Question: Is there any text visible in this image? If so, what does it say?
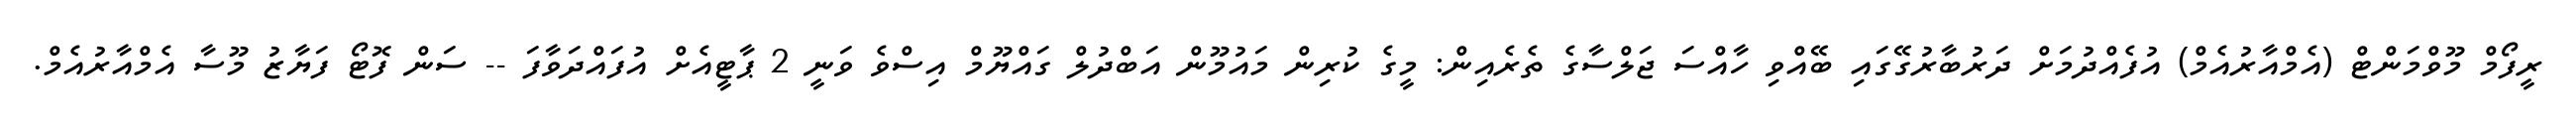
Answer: ރީފޯމް މޫވްމަންޓް (އެމްއާރުއެމް) އުފެއްދުމަށް ދަރުބާރުގޭގައި ބޭއްވި ހާއްސަ ޖަލްސާގެ ތެރެއިން: މީގެ ކުރިން މައުމޫން އަބްދުލް ގައްޔޫމް އިސްވެ ވަނީ 2 ޕާޓީއެށް އުފައްދަވާފަ -- ސަން ފޮޓޯ ފަޔާޒު މޫސާ އެމްއާރުއެމް.